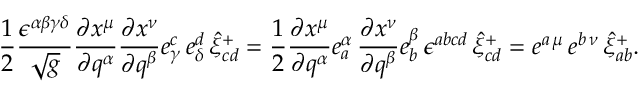
\frac 1 2 \frac { \epsilon ^ { \alpha \beta \gamma \delta } } { \sqrt { g } } \frac { \partial x ^ { \mu } } { \partial q ^ { \alpha } } \frac { \partial x ^ { \nu } } { \partial q ^ { \beta } } e _ { \gamma } ^ { c } \, e _ { \delta } ^ { d } \, \hat { \xi } _ { c d } ^ { + } = \frac 1 2 \frac { \partial x ^ { \mu } } { \partial q ^ { \alpha } } e _ { a } ^ { \alpha } \, \frac { \partial x ^ { \nu } } { \partial q ^ { \beta } } e _ { b } ^ { \beta } \, \epsilon ^ { a b c d } \, \hat { \xi } _ { c d } ^ { + } = e ^ { a \, \mu } \, e ^ { b \, \nu } \, \hat { \xi } _ { a b } ^ { + } .